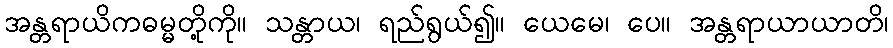
အန္တရာယိကဓမ္မတို့ကို။ သန္တာယ၊ ရည်ရွယ်၍။ ယေမေ၊ ပေ။ အန္တရာယာယာတိ၊